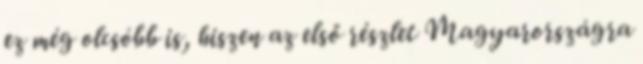
ez még olcsóbb is, hiszen az első részlet Magyarországra